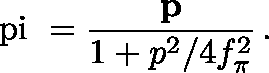
\mathrm { \boldmath ~ \ p i ~ } = \frac { { \bf p } } { 1 + p ^ { 2 } / 4 f _ { \pi } ^ { 2 } } \, .